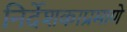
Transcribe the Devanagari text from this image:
निर्देशकाप्रमाणे